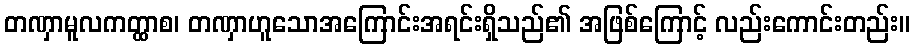
တဏှာမူလကတ္ထာစ၊ တဏှာဟူသောအကြောင်းအရင်းရှိသည်၏ အဖြစ်ကြောင့် လည်းကောင်းတည်း။